Account of plague administration in the Bombay Presidency from September 1896 till May 1897
Year: 1896
Disease focus: Plague
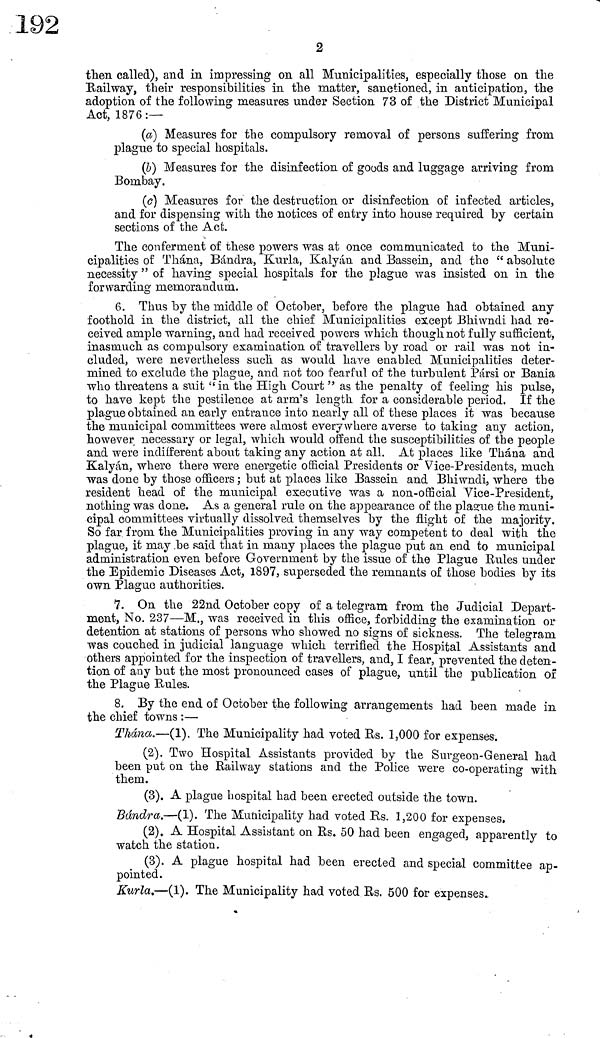
2
then called), and in impressing on all Municipalities, especially those on the
Railway, their responsibilities in the matter, sanctioned, in anticipation, the
adoption of the following measures under Section 73 of the District Municipal
Act, 1876:—-
(a) Measures for the compulsory removal of persons suffering from
plague to special hospitals.
(b) Measures for the disinfection of goods and luggage arriving from
Bombay.
(c) Measures for the destruction or disinfection of infected articles,
and for dispensing with the notices of entry into house required by certain
sections of the Act.
The conferment of these powers was at once communicated to the Muni-
cipalities of Thána, Bándra, Kurla, Kalyán and Bassein, and the " absolute
necessity " of having special hospitals for the plague was insisted on in the
forwarding memorandum.
6. Thus by the middle of October, before the plague had obtained any
foothold in the district, all the chief Municipalities except Bhiwndi had re-
ceived ample warning, and had received powers which though not fully sufficient,
inasmuch as compulsory examination of travellers by road or rail was not in-
cluded, were nevertheless such as would have enabled Municipalities deter-
mined to exclude the plague, and not too fearful of the turbulent Pársi or Bania
who threatens a suit " in the High Court " as the penalty of feeling his pulse,
to have kept the pestilence at arm's length for a considerable period. If the
plague obtained an early entrance into nearly all of these places it was because
the municipal committees were almost everywhere averse to taking any action,
however necessary or legal, which would offend the susceptibilities of the people
and were indifferent about taking any action at all. At places like Thána and
Kalyán, where there were energetic official Presidents or Vice-Présidents, much
was done by those officers ; but at places like Bassein and Bhiwndi, where the
resident head of the municipal executive was a non-official Vice-President,
nothing was done. As a general rule on the appearance of the plague the muni-
cipal committees virtually dissolved themselves by the night of the majority.
So far from the Municipalities proving in any way competent to deal with the
plague, it may be said that in many places the plague put an end to municipal
administration even before Government by the issue of the Plague Rules under
the Epidemic Diseases Act, 1897, superseded the remnants of those bodies by its
own Plague authorities.
7. On the 22nd October copy of a telegram from the Judicial Depart-
ment, No. 237—M., was received in this office, forbidding the examination or
detention at stations of persons who showed no signs of sickness. The telegram
was couched in judicial language which terrified the Hospital Assistants and
others appointed for the inspection of travellers, and, I fear, prevented the deten-
tion of any but the most pronounced cases of plague, until the publication of
the Plague Bules.
8. By the end of October the following arrangements had been made in
the chief towns :—
Thána.—(1). The Municipality had voted Rs. 1,000 for expenses.
(2). Two Hospital Assistants provided by the Surgeon-Gen eral had
been put on the Railway stations and the Police were co-operating with
them.
(3). A plague hospital had been erected outside the town.
Bándra.—(1). The Municipality had voted Rs. 1,200 for expenses,
(2). A Hospital Assistant on Rs. 50 had been engaged, apparently to
watch the station.
(3). A plague hospital had been erected and special committee ap-
pointed.
Kurla.—(1). The Municipality had voted Rs. 500 for expenses.